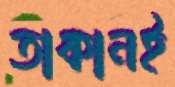
তাকানই